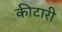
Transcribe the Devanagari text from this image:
कीटारी